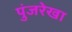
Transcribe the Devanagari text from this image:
पुंजरेखा